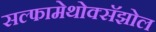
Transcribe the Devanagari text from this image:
सल्फामेथोक्सॅझोल